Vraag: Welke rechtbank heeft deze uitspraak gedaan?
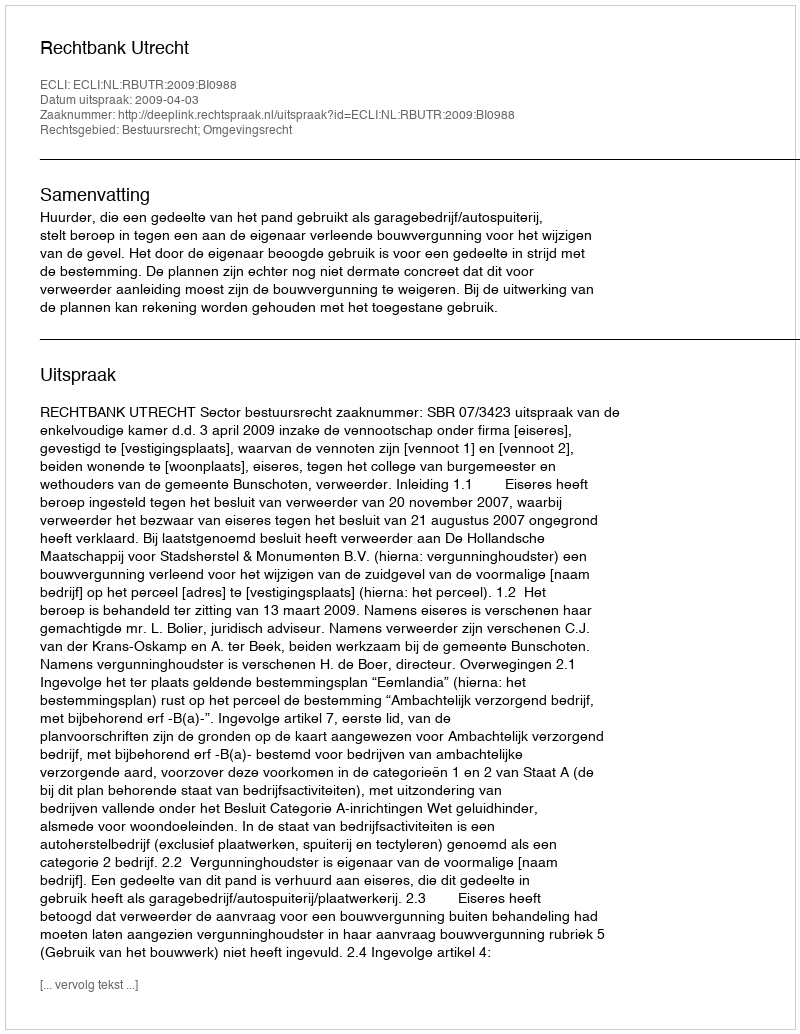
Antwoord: Rechtbank Utrecht